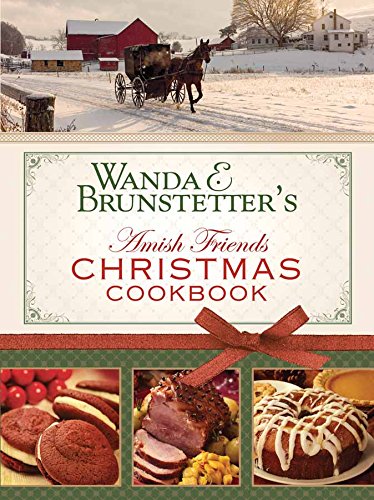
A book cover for Wanda E. Brunstetter's Amish Friends Christmas Cookbook:; Wanda E. Brunstetter; Cookbooks, Food & Wine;